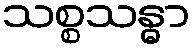
သစ္စသန္ဓာ